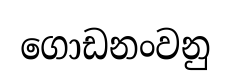
ගොඩනංවනු